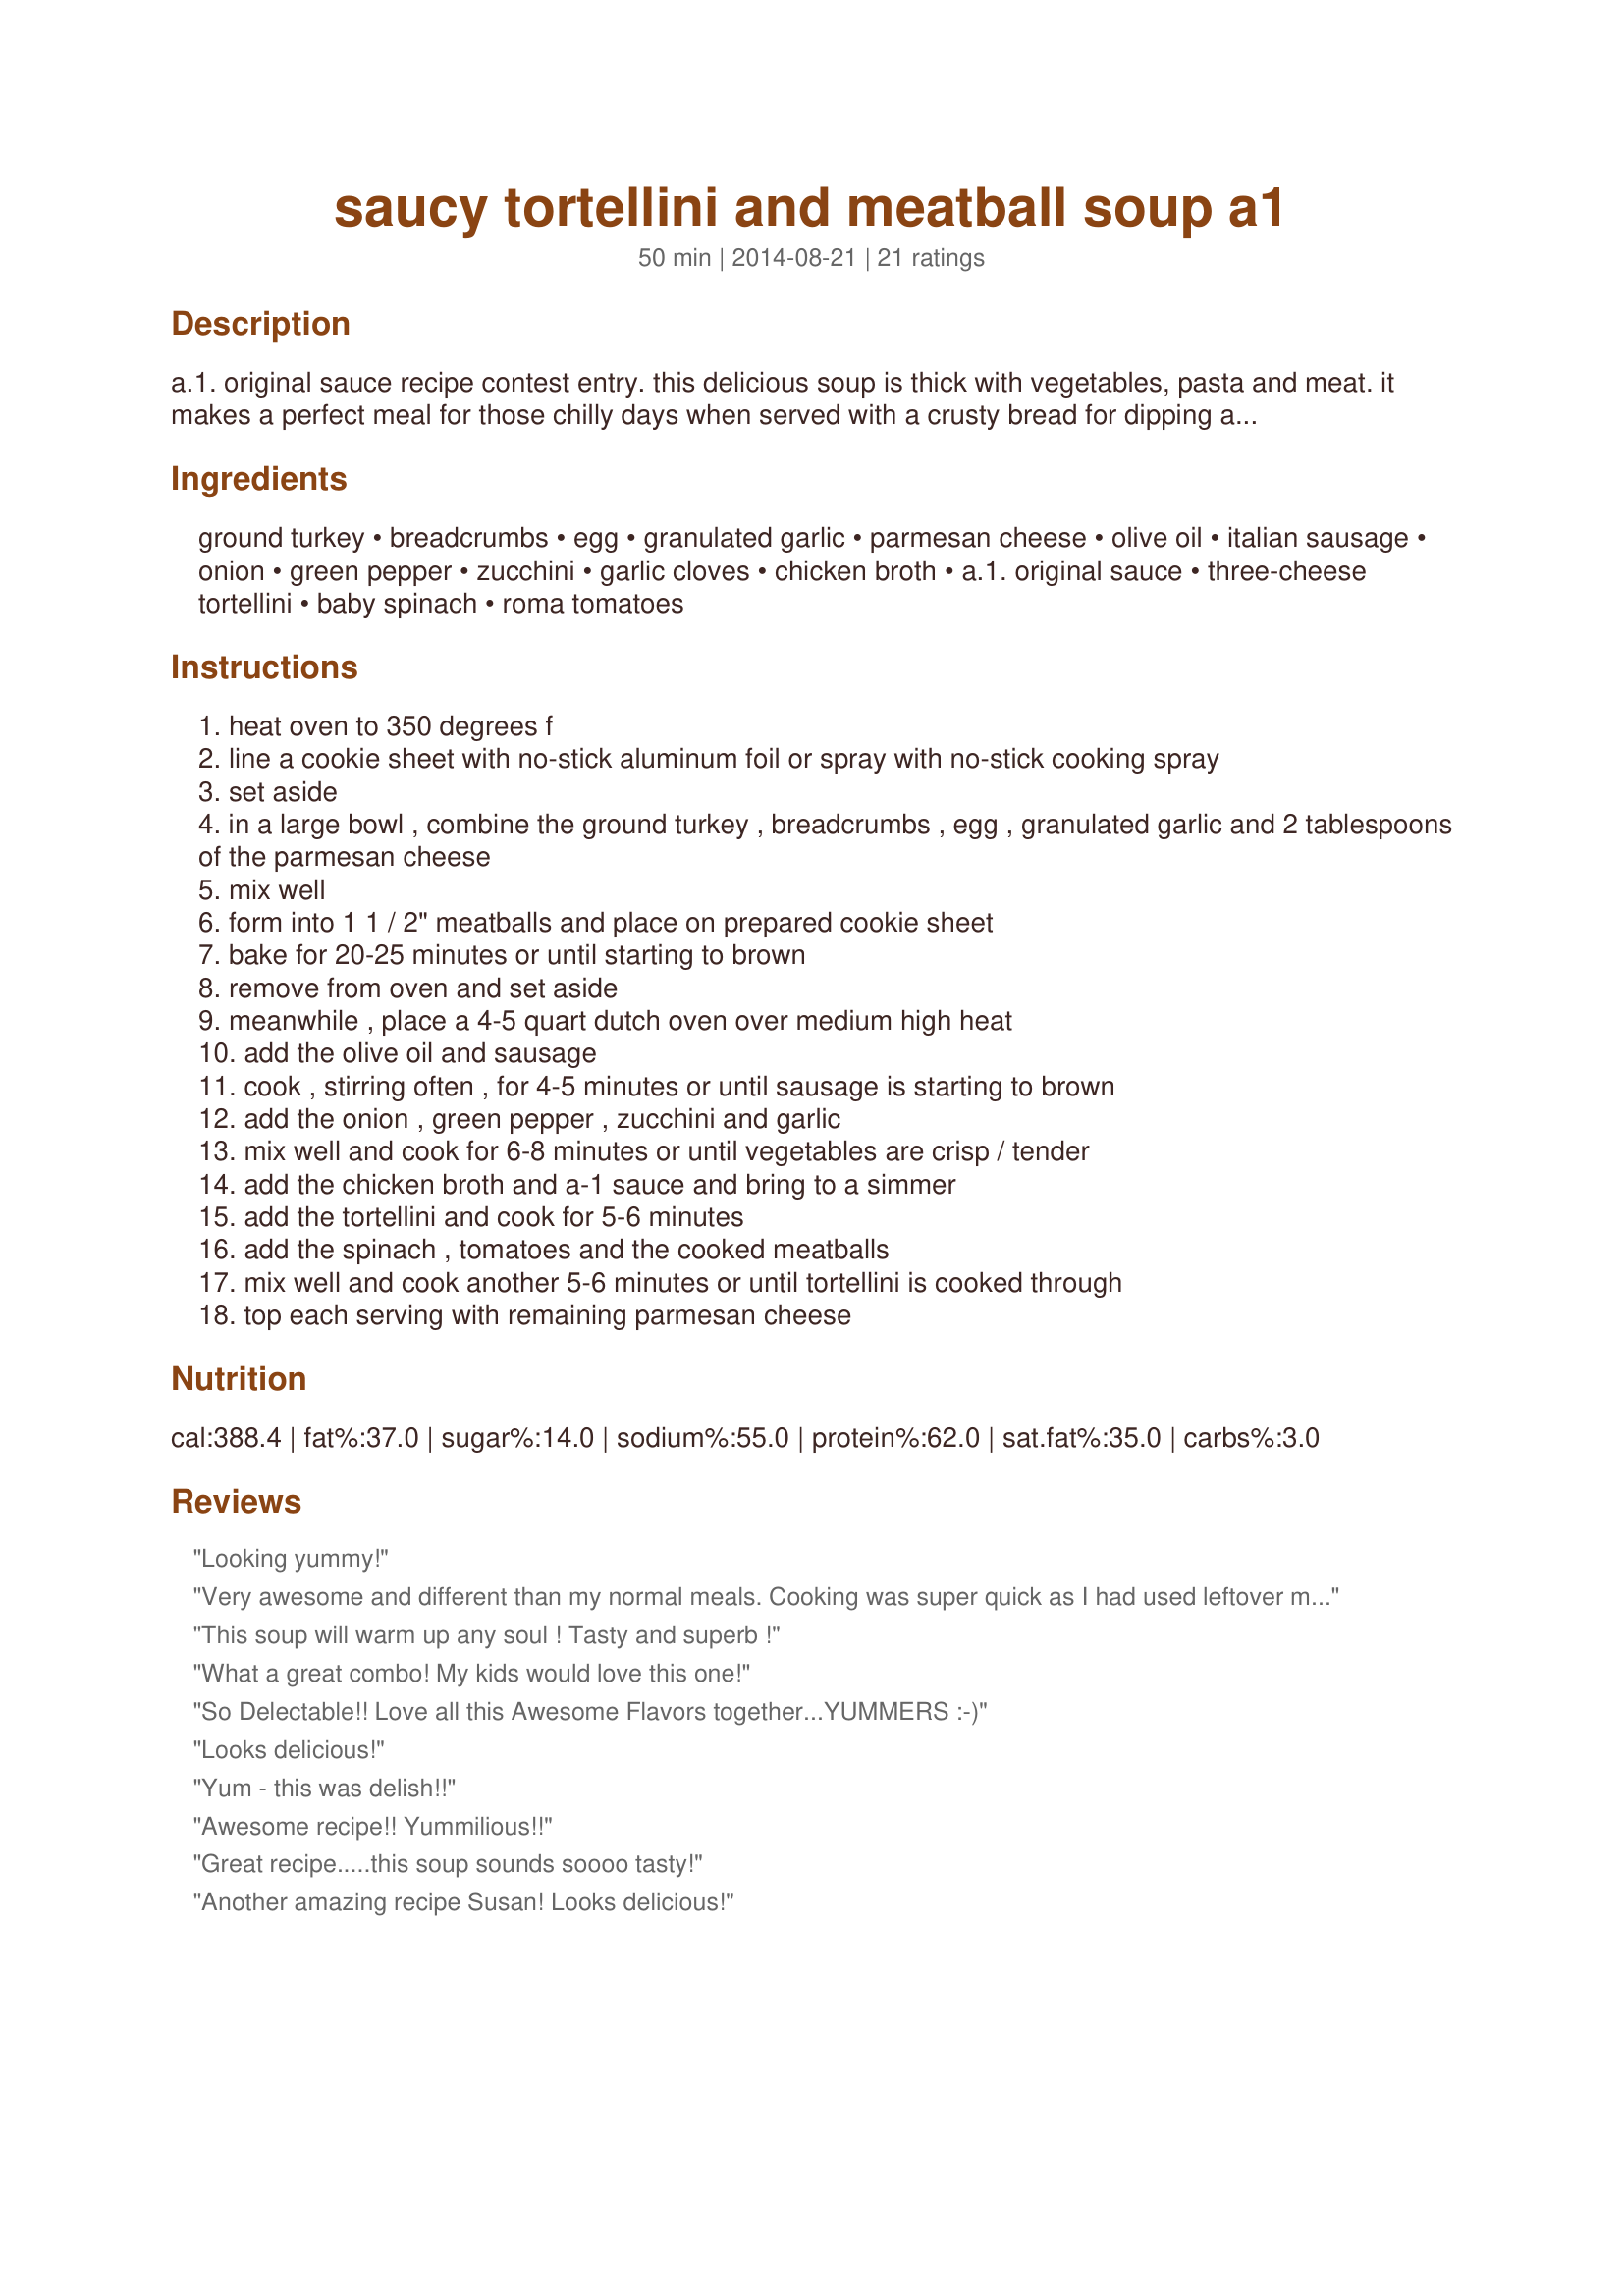
saucy tortellini and meatball soup a1
Preparation time: 50 minutes

a.1. original sauce recipe contest entry. this delicious soup is thick with vegetables, pasta and meat. it makes a perfect meal for those chilly days when served with a crusty bread for dipping and salad.

Ingredients:
ground turkey, breadcrumbs, egg, granulated garlic, parmesan cheese, olive oil, italian sausage, onion, green pepper, zucchini, garlic cloves, chicken broth, a.1. original sauce, three-cheese tortellini, baby spinach, roma tomatoes

Steps:
heat oven to 350 degrees f
line a cookie sheet with no-stick aluminum foil or spray with no-stick cooking spray
set aside
in a large bowl , combine the ground turkey , breadcrumbs , egg , granulated garlic and 2 tablespoons of the parmesan cheese
mix well
form into 1 1 / 2" meatballs and place on prepared cookie sheet
bake for 20-25 minutes or until starting to brown
remove from oven and set aside
meanwhile , place a 4-5 quart dutch oven over medium high heat
add the olive oil and sausage
cook , stirring often , for 4-5 minutes or until sausage is starting to brown
add the onion , green pepper , zucchini and garlic
mix well and cook for 6-8 minutes or until vegetables are crisp / tender
add the chicken broth and a-1 sauce and bring to a simmer
add the tortellini and cook for 5-6 minutes
add the spinach , tomatoes and the cooked meatballs
mix well and cook another 5-6 minutes or until tortellini is cooked through
top each serving with remaining parmesan cheese

Reviews:
Looking yummy!
Very awesome and different than my normal meals. Cooking was super quick as I had used leftover meatballs from our sandwiches the other night . I also added slices of boudan sausage since that's what I had and turned out awesome. I also served garlic bread with it. Was very filling and I had tons of leftovers because I almost doubled the totellinis all and all a very good dish !!
This soup will warm up any soul ! Tasty and superb !
What a great combo! My kids would love this one!
So Delectable!! Love all this Awesome Flavors together...YUMMERS :-)
Looks delicious!
Yum - this was delish!!
Awesome recipe!! Yummilious!!
Great recipe.....this soup sounds soooo tasty!
Another amazing recipe Susan! Looks delicious!
That broth looks so rich and delicious!!!
Yes!! A soup. I thought this would sound very good. Nice job!!
Love this one!
This sounds delicious and I love soup!
my favorite kind of soup
Love this recipe!
I am not a soup lover, but I love this!!!!!! YUMMY!!!!!!!!! Awesome, with all the flavors in this!
Yum! A bowl of this soup would hit the spot right now!!!!!!
Amazing recipe!!! Tons of flavor... Yummy!
Absolutely love this recipe
I love the combination of flavors!
